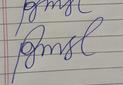
Signature authenticity: forged